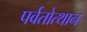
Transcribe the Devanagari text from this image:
पर्वतोत्‍थान